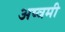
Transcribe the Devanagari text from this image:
अष्वमी